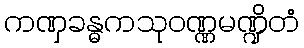
ကဏှခန္ဓကသုဝဏ္ဏမဏ္ဍိတံ